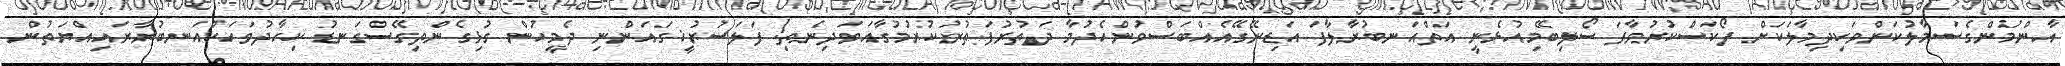
އާންމުންގެސަމާލުކަންވަކިދިމާލަކަށް ފޯކަސްކުރުވާފަ ސޯލިބޭމިއުޅެނީ އަތްއަނބުރާލާފަ އަޑިނޭގޭއެއްބަސްވުންހެދުމާ ދަތުރުފަތުރުކުރުމުގާއަވަދިނެތި! ފަލަސުރުޚީގައަންނި ދެމީހުން ގުޅިގެންތިގޭސްގަނޑު ކިހާދުވަހަކުއަނބުރާރައިއްޔަތުން